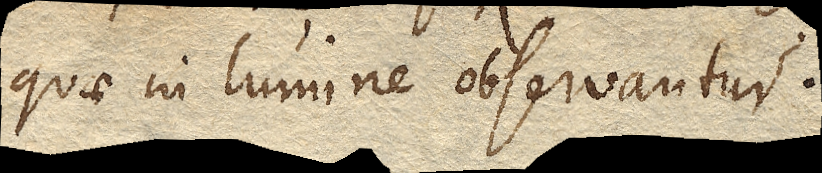
quae in lumine observantur.